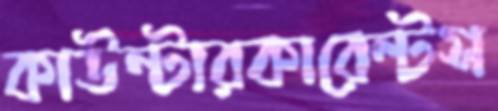
কাউন্টারকারেন্টস